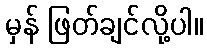
မှန် ဖြတ်ချင်လို့ပါ။